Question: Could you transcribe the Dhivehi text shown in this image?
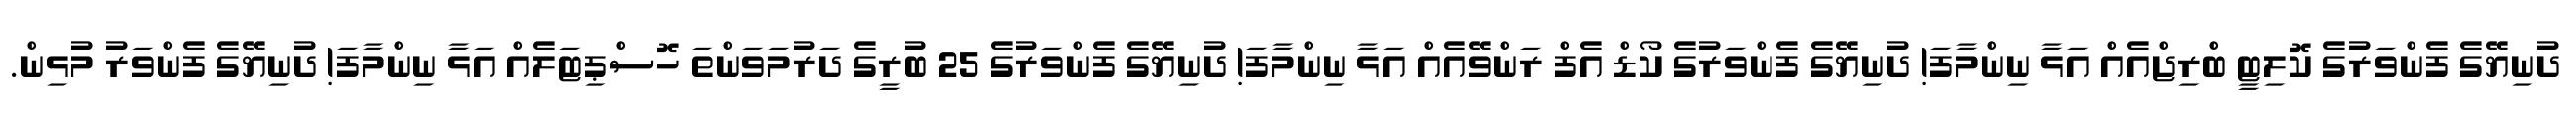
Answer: ދުނިޔޭގެ ފެންވަރުގެ ކޮލިޓީ ބްރިޖްއެއް އަޅާ ނިންމާފަ! ދުނިޔޭގެ ފެންވަރުގެ ކޯޑް އެފް ރަންވޭއެއް އަޅާ ނިންމާފަ! ދުނިޔޭގެ ފެންވަރުގެ 25 ބުރީގެ ދަރުމަވަންތަ ހޮސްޕިޓަލެއް އަޅާ ނިންމާފަ! ދުނިޔޭގެ ފެންވަރު މުޅިން.